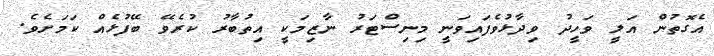
އެގޮތުން އަލީ ވަހީދު ވިދާޅުވެފައިވަނީ މިނިިސްޓަރު ނާޒިމަކީ އިތުބާރު ކުރެވޭ ބޭފުޅެއް ކަމަށެވެ.